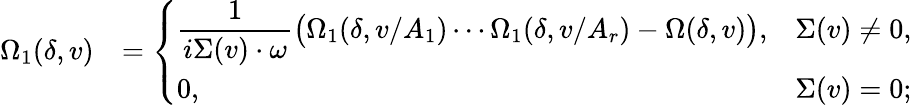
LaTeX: \begin{array}{rl}{\Omega_{1}(\delta,v)}&{=\left\lbrace\begin{array}{ll}{\displaystyle\frac{1}{i\Sigma(v)\cdot\omega}\big(\Omega_{1}(\delta,v/A_{1})\cdots\Omega_{1}(\delta,v/A_{r})-\Omega(\delta,v)\big),}&{\Sigma(v)\neq 0,}\\ {0,}&{\Sigma(v)=0;}\end{array}\right.}\end{array}